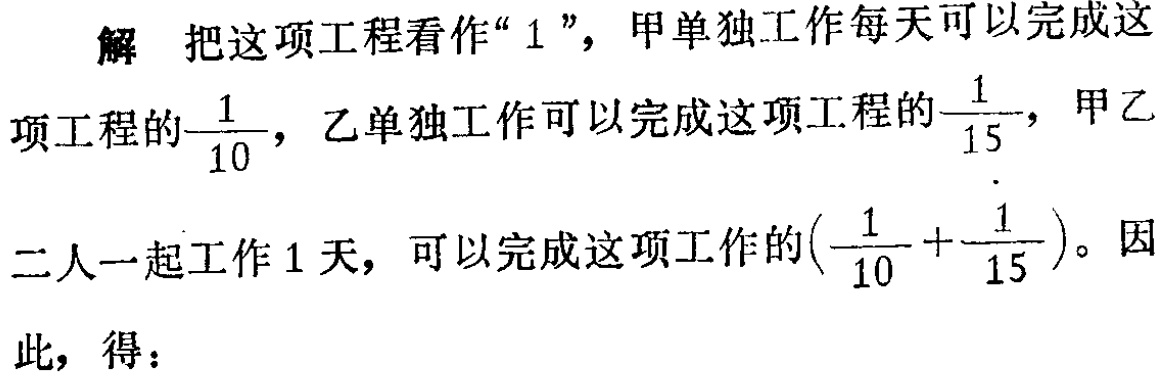
解 把这项工程看作“$1$”，甲单独工作每天可以完成这项工程的$\frac{1}{10}$，乙单独工作可以完成这项工程的$\frac{1}{15}$，甲乙二人一起工作$1$天，可以完成这项工作的$(\frac{1}{10}+\frac{1}{15})$。因此，得：